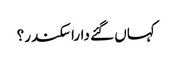
کہاں گئے دارا سکندر؟